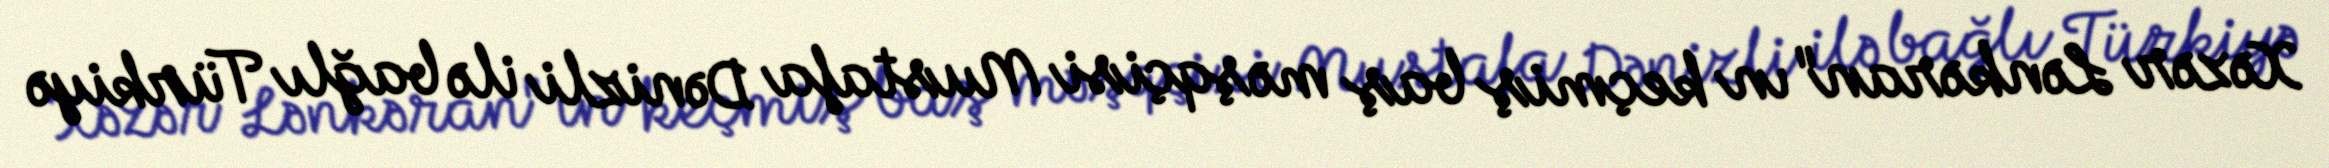
Xəzər Lənkəran"ın keçmiş baş məşqçisi Mustafa Dənizli ilə bağlı Türkiyə